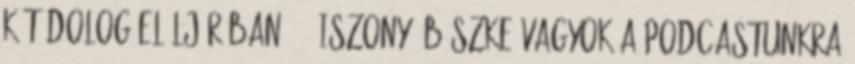
Két dolog elöljáróban: 1. Iszonyú büszke vagyok a podcastunkra